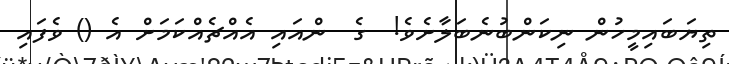
ތިޔަބައިމީހުން ނިކަންބުނެބަލާށެވެ!  ގެ  ންއައި އެއްޗެއްކަމަށް އެ () ވެފައި